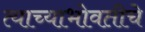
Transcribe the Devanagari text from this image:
त्याच्याभोवतीचे